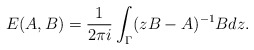
\begin{align*}E(A, B) = \frac{1}{2\pi i} \int_\Gamma (zB-A)^{-1}B dz .\end{align*}